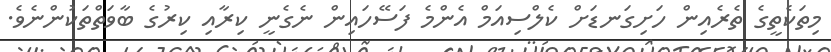
މިތަކެތީގެ ތެރެއިން ހަށިގަނޑަށް ކެލްސިއަމް އެންމެ ފަސޭހައިން ނެގެނީ ކިރާއި ކިރުގެ ބާވަތްތަކުންނެވެ.